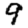
Digit: 9